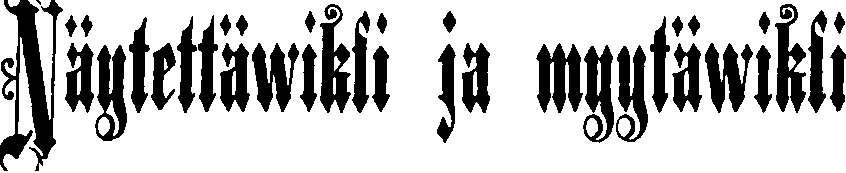
Näytettäwiksi ja myytäwiksi